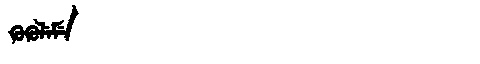
Manchu: ᡴᡠᡴᡠᠯᡝᠮᡝ
Romanization: KUKULEME